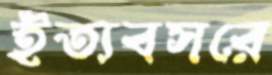
ইত্যবসরে